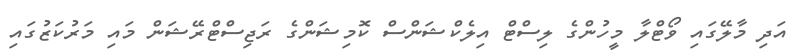
އަދި މާލޭގައި ވޯޓްލާ މީހުންގެ ލިސްޓް އިލެކްޝަންސް ކޮމިޝަންގެ ރަޖިސްޓްރޭޝަން މައި މަރުކަޒުގައި